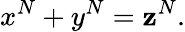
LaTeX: x^{N}+y^{N}=\mathbf{z}^{N}.